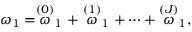
\omega _ { 1 } = \stackrel { \left( 0 \right) } { \omega } _ { 1 } + \stackrel { \left( 1 \right) } { \omega } _ { 1 } + \cdots + \stackrel { \left( J \right) } { \omega } _ { 1 } ,